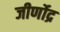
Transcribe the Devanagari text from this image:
जीर्णोद्र